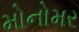
મોનોમર